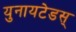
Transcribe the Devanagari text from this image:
युनायटेडस्